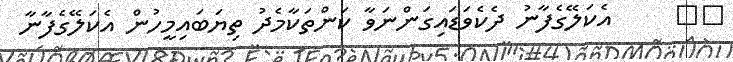
١٢     އެކަލޭގެފާނު ދެކެވަޑައިގަންނަވާ ކަންތަކާމެދު ތިޔަބައިމީހުން އެކަލޭގެފާނާ